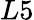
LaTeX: L5